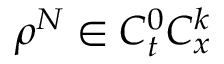
\rho ^ { N } \in C _ { t } ^ { 0 } C _ { x } ^ { k }